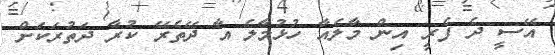
އޭސީ ދެ ފެރީ އިން މާލެއާ ހުޅުމާލެ އާ ދޭތެރޭ ކުރާ ދަތުރަކަށް